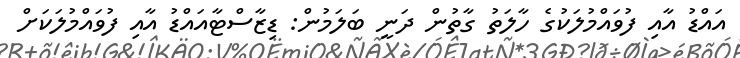
އައްޑު އާއި ފުވައްމުލަކުގެ ހާލަތު ގާތުން ދަނީ ބަލަމުން: ޑިޒާސްޓާއައްޑު އާއި ފުވައްމުލަކަށް